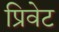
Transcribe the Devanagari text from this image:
प्रिवेट